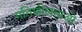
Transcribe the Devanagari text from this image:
गतिशीलताओ